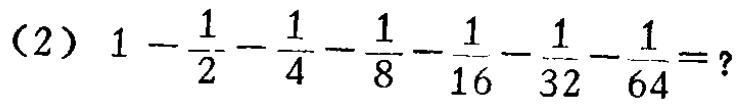
(2) \(1 - \frac{1}{2} - \frac{1}{4} - \frac{1}{8} - \frac{1}{16} - \frac{1}{32} - \frac{1}{64}=?\)